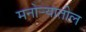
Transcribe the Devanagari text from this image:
मनोर्‍यातील